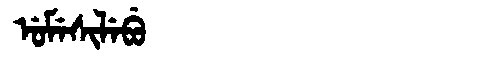
Manchu: ᡠᠮᡝᠰᡳᠯᡝᠪᡠ
Romanization: UMESILEBU